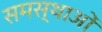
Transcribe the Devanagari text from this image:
समस्थाओं